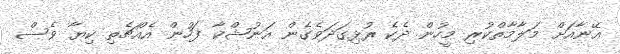
އޭނާއަށް މަލާމާތްކުރި މީހުން ދެކެ ރުޅިގަދަވެގެން އަނުޝްކާ ފަހުން އެއްޗެތި ކިޔާ ވެސް